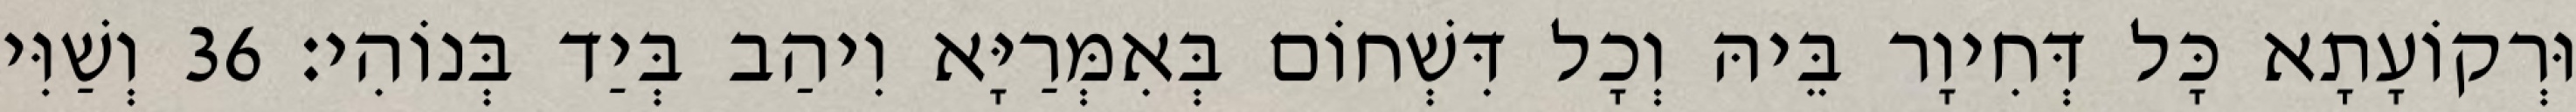
וּרְקוֹעָתָא כָּל דְּחִיוָר בֵּיהּ וְכָל דִּשְׁחוֹם בְּאִמְּרַיָּא וִיהַב בְּיַד בְּנוֹהִי׃ 36 וְשַׁוִּי